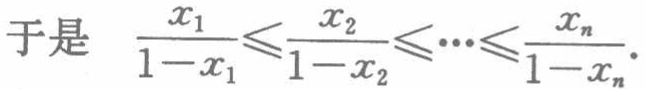
于是 \(\frac{x_{1}}{1 - x_{1}}\leqslant\frac{x_{2}}{1 - x_{2}}\leqslant\cdots\leqslant\frac{x_{n}}{1 - x_{n}}\)